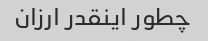
چطور اینقدر ارزان